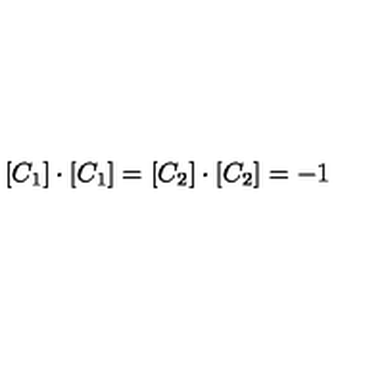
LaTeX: [ C _ { 1 } ] \cdot [ C _ { 1 } ] = [ C _ { 2 } ] \cdot [ C _ { 2 } ] = - 1